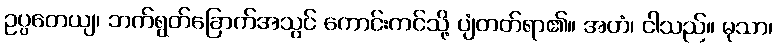
ဥပ္ပတေယျ၊ ဘက်ရွတ်ခြောက်အသွင် ကောင်းကင်သို့ ပျံတတ်ရာ၏။ အဟံ၊ ငါသည်။ မုသာ၊